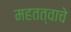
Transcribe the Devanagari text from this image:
महतत्वाचे